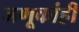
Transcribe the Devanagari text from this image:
जणूकांही